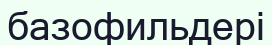
базофильдері